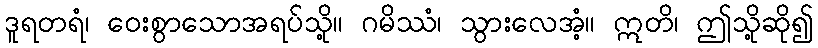
ဒူရတရံ၊ ဝေးစွာသောအရပ်သို့။ ဂမိဿံ၊ သွားလေအံ့။ ဣတိ၊ ဤသို့ဆို၍